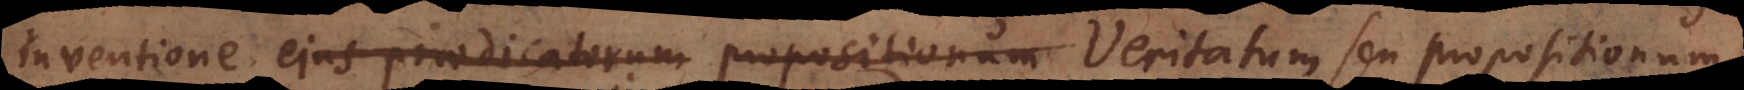
inventione ejus praedicatorum Veritatum seu propositionum